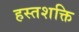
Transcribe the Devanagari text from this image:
हस्तशक्ति